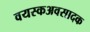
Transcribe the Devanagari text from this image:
वयस्कअवसादक